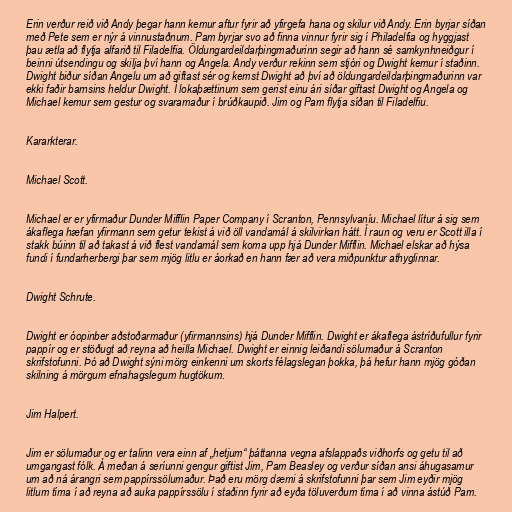
Erin verður reið við Andy þegar hann kemur aftur fyrir að yfirgefa hana og skilur við Andy. Erin byrjar síðan
með Pete sem er nýr á vinnustaðnum. Pam byrjar svo að finna vinnur fyrir sig í Philadelfia og hyggjast
þau ætla að flytja alfarið til Filadelfia. Öldungardeildarþingmaðurinn segir að hann sé samkynhneiðgur í
beinni útsendingu og skilja því hann og Angela. Andy verður rekinn sem stjóri og Dwight kemur í staðinn.
Dwight biður síðan Angelu um að giftast sér og kemst Dwight að því að öldungardeildarþingmaðurinn var
ekki faðir barnsins heldur Dwight. Í lokaþættinum sem gerist einu ári síðar giftast Dwight og Angela og
Michael kemur sem gestur og svaramaður í brúðkaupið. Jim og Pam flytja síðan til Filadelfiu.

Kararkterar.

Michael Scott.

Michael er er yfirmaður Dunder Mifflin Paper Company í Scranton, Pennsylvaníu. Michael lítur á sig sem
ákaflega hæfan yfirmann sem getur tekist á við öll vandamál á skilvirkan hátt. Í raun og veru er Scott illa í
stakk búinn til að takast á við flest vandamál sem koma upp hjá Dunder Mifflin. Michael elskar að hýsa
fundi í fundarherbergi þar sem mjög litlu er áorkað en hann fær að vera miðpunktur athyglinnar.

Dwight Schrute.

Dwight er óopinber aðstoðarmaður (yfirmannsins) hjá Dunder Mifflin. Dwight er ákaflega ástríðufullur fyrir
pappír og er stöðugt að reyna að heilla Michael. Dwight er einnig leiðandi sölumaður á Scranton
skrifstofunni. Þó að Dwight sýni mörg einkenni um skorts félagslegan þokka, þá hefur hann mjög góðan
skilning á mörgum efnahagslegum hugtökum.

Jim Halpert.

Jim er sölumaður og er talinn vera einn af „hetjum“ þáttanna vegna afslappaðs viðhorfs og getu til að
umgangast fólk. Á meðan á seríunni gengur giftist Jim, Pam Beasley og verður síðan ansi áhugasamur
um að ná árangri sem pappírssölumaður. Það eru mörg dæmi á skrifstofunni þar sem Jim eyðir mjög
litlum tíma í að reyna að auka pappírssölu í staðinn fyrir að eyða töluverðum tíma í að vinna ástúð Pam.